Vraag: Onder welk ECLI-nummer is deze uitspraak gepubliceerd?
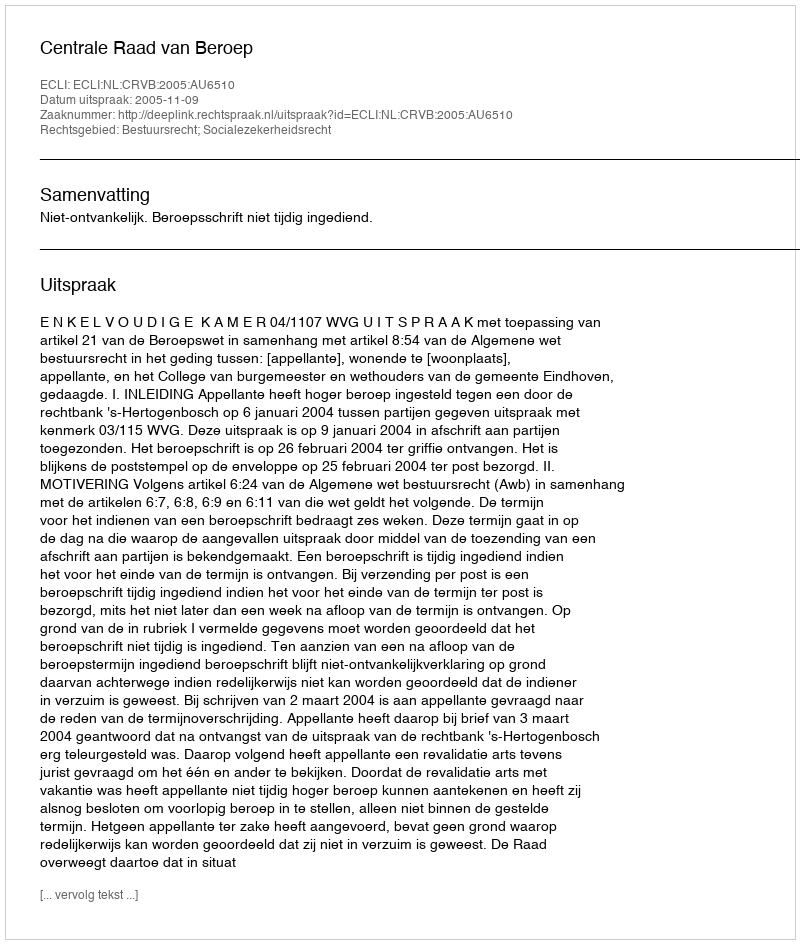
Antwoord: ECLI:NL:CRVB:2005:AU6510